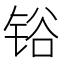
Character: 𰾆